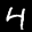
Digit: 4